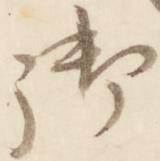
御